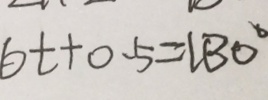
6 t + 0 . 5 = 4 3 0 ^ { \circ }